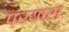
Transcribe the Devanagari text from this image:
प्रयासं